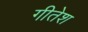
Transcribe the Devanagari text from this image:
गीतेश